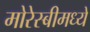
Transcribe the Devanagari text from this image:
मोरेस्बीमध्ये